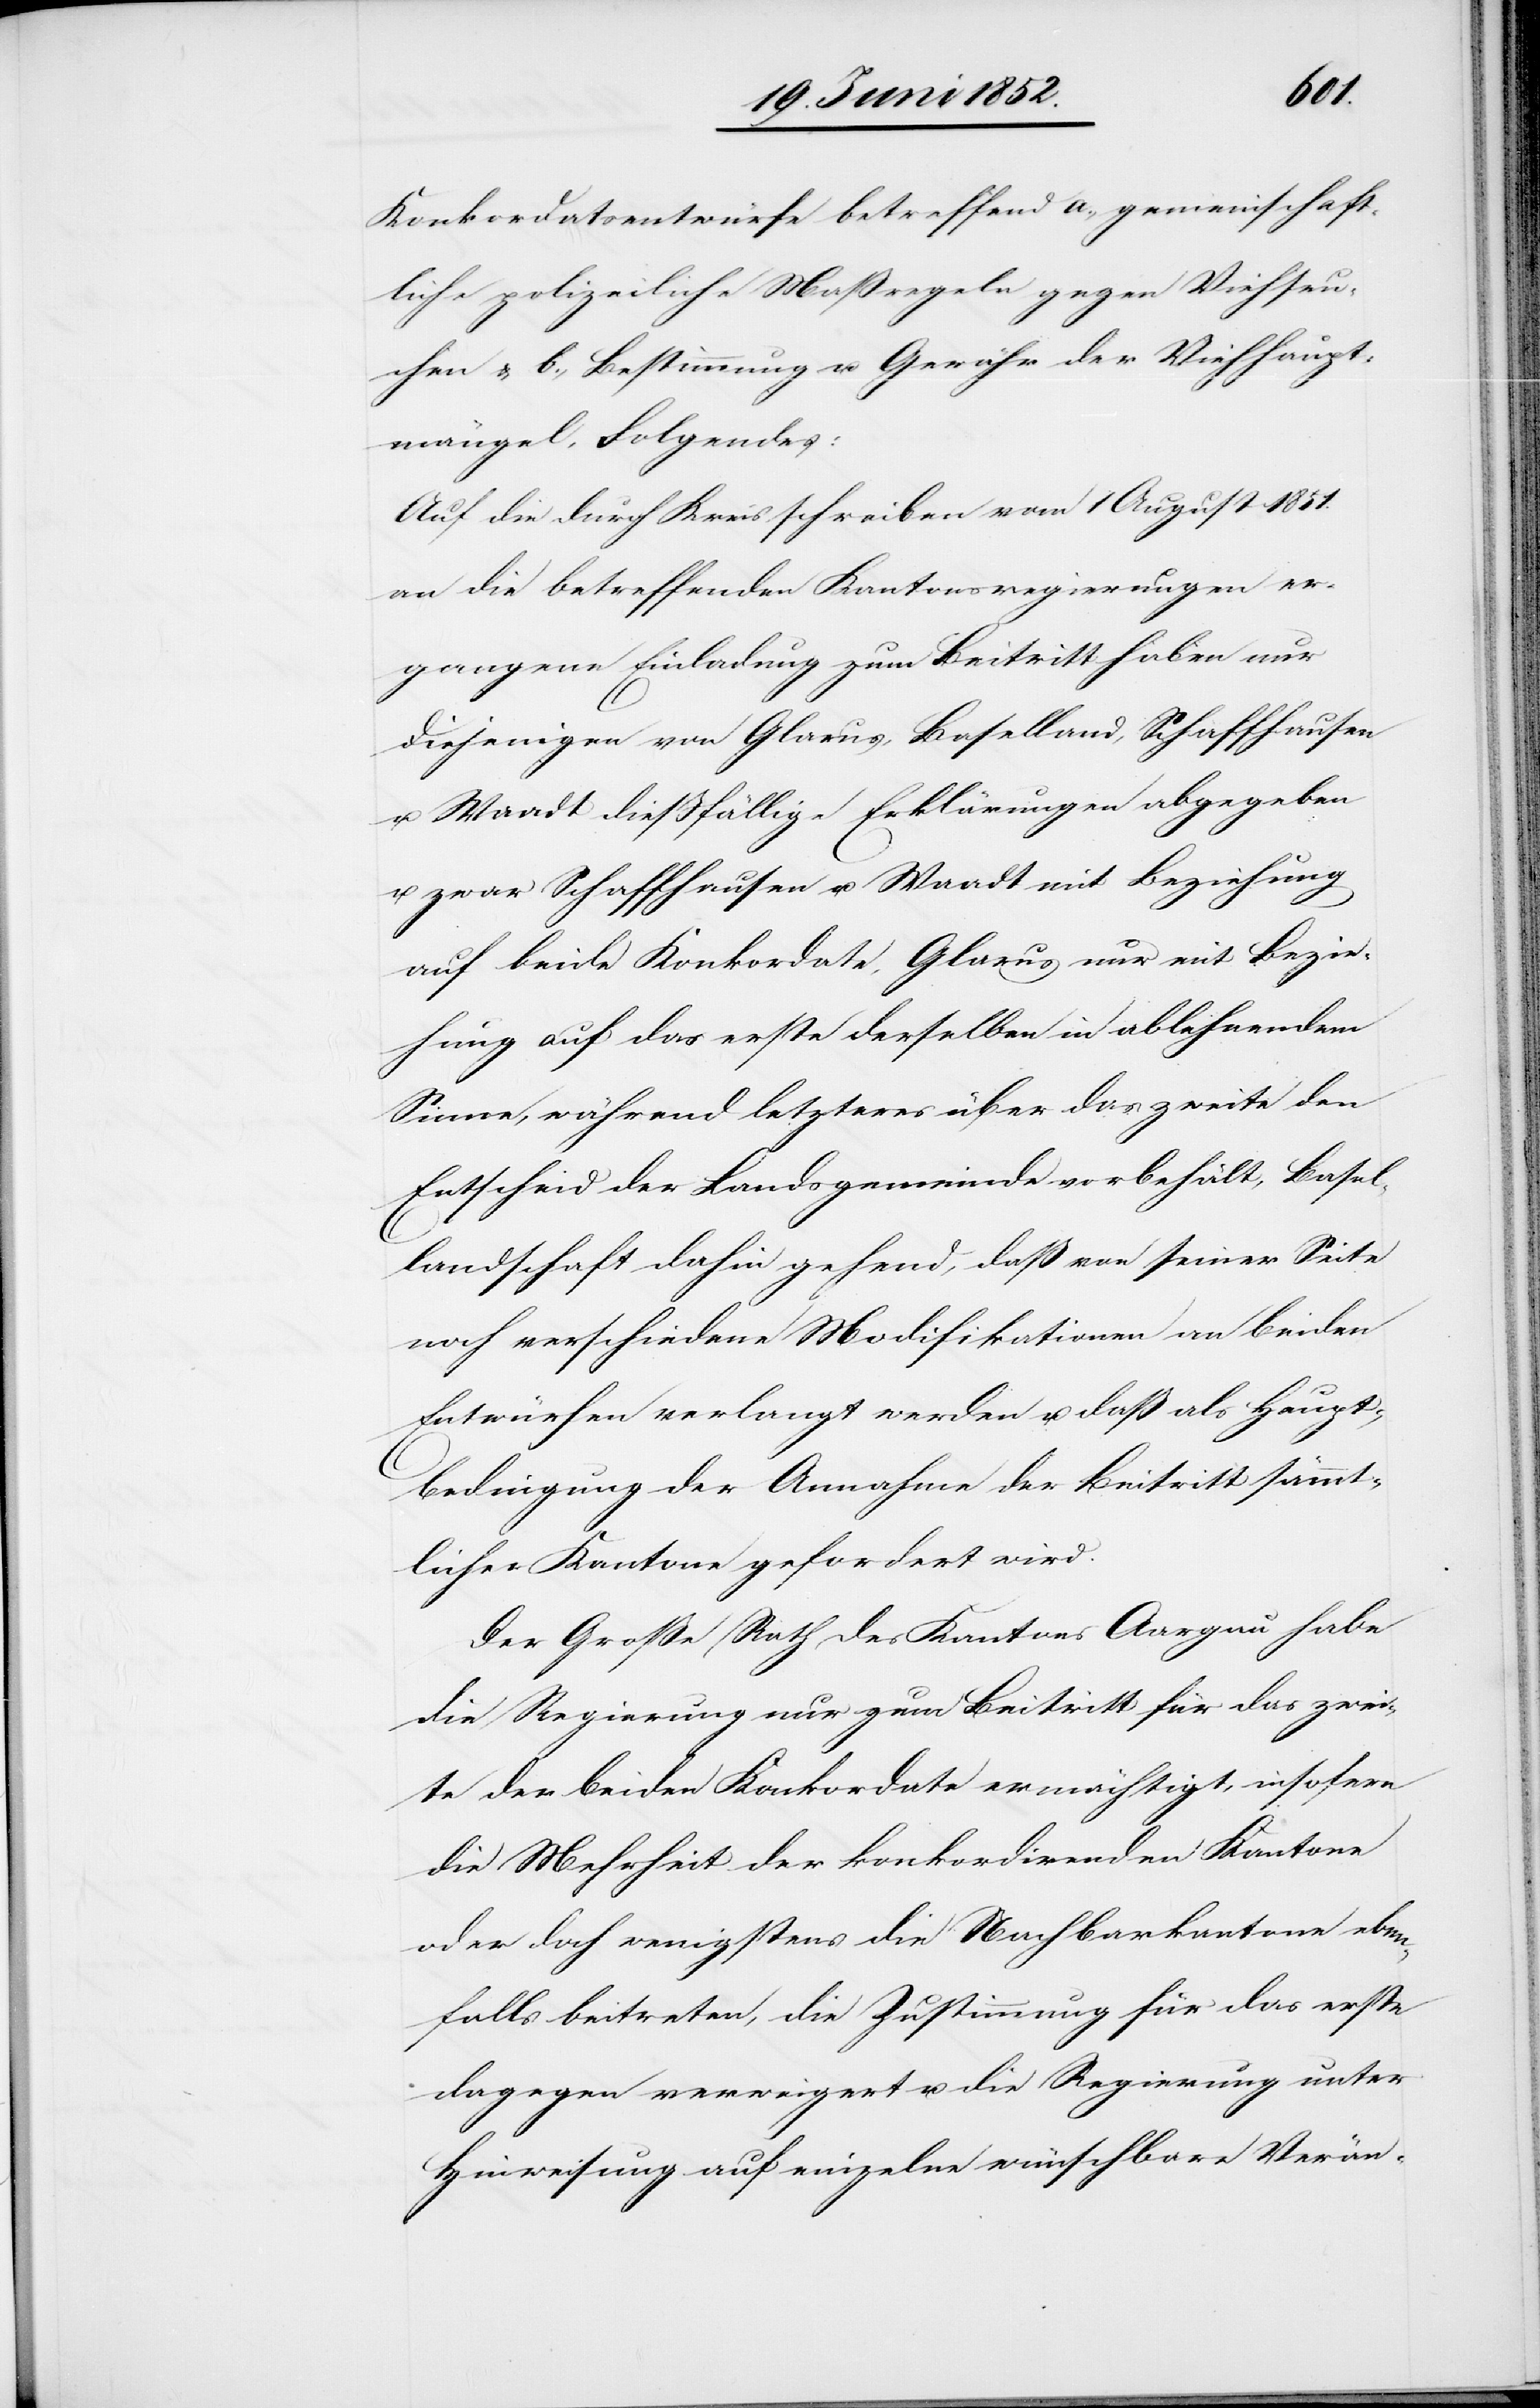
Konkordatsentwürfe betreffend a., gemeinschaft¬
liche polizeiliche Maßregeln gegen Viehseu¬
chen & b., Bestimmung u. Gewähr der Viehhaupt¬
mängel, Folgendes:
Auf die durch Kreisschreiben vom 1 August 1851.
an die betreffenden Kantonsregierungen er¬
gangene Einladung zum Beitritt haben nur
diejenigen von Glarus, Baselland, Schaffhausen
u. Waadt dießfällige Erklärungen abgegeben
u. zwar Schaffhausen u. Waadt mit Beziehung
auf beide Konkordate, Glarus nur mit Bezie¬
hung auf das erste derselben in ablehnendem
Sinne, während letzteres über das zweite den
Entscheid der Landsgemeinde vorbehält, Basel¬
landschaft dahin gehend, daß von seiner Seite
noch verschiedene Modifikationen an beiden
Entwürfen verlangt werden u. daß als Haupt¬
bedingung der Annahme der Beitritt sämmt¬
licher Kantone gefordert wird.
Der Große Rath des Kantons Aargau habe
die Regierung nur zum Beitritt für das zwei¬
te der beiden Konkordate ermächtigt, insofern
die Mehrheit der konkordirenden Kantone
oder doch wenigstens die Nachbarkantone eben¬
falls beitreten, die Zustimmung für das erste
dagegen verweigert u. die Regierung unter
Hinweisung auf einzelne wünschbare Verän-